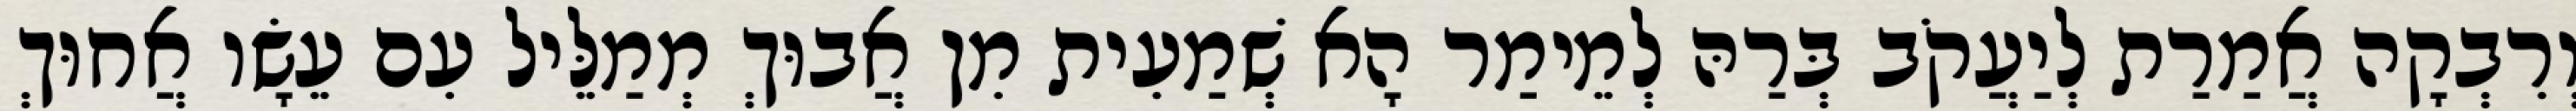
וְרִבְקָה אֲמַרַת לְיַעֲקֹב בְּרַהּ לְמֵימַר הָא שְׁמַעִית מִן אֲבוּךְ מְמַלֵּיל עִם עֵשָׂו אֲחוּךְ